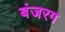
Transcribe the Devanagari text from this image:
बंजरग